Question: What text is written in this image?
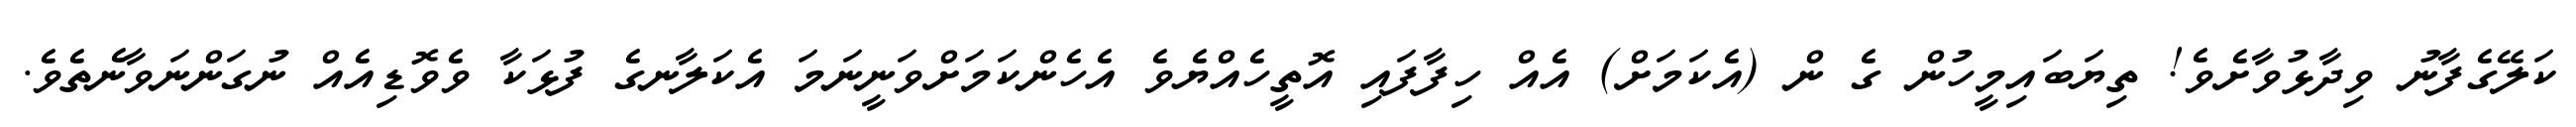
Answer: ކަލޭގެފާނު ވިދާޅުވާށެވެ! ތިޔަބައިމީހުން ގެ ން (އެކަމަށް) އެއް ހިފާފައި އޮތީހެއްޔެވެ އެހެންކަމަށްވަނީނަމަ އެކަލާނގެ ފުޅަކާ ވެވޮޑިއެއް ނުގަންނަވާނެތެވެ.